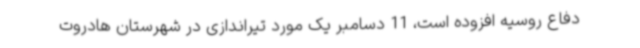
دفاع روسیه افزوده است، 11 دسامبر یک مورد تیراندازی در شهرستان هادروت